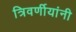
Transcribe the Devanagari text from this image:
त्रिवर्णीयांनी